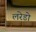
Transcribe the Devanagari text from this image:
लरेडो